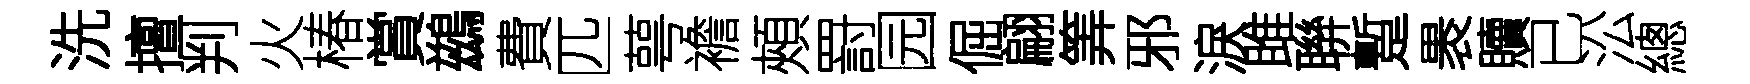
洗擅判火椿賞鷀費匹萼襜頰罸园倔翩筭邪淚雎聨蹔褁贖已㳂總